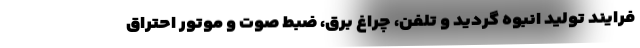
فرایند تولید انبوه گردید و تلفن، چراغ برق، ضبط صوت و موتور احتراق